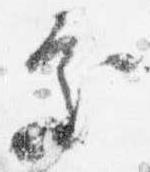
処